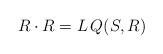
LaTeX: \begin{align*}R\cdot R=L\, Q(S,R)\end{align*}